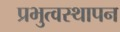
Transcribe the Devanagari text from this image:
प्रभुत्वस्थापन